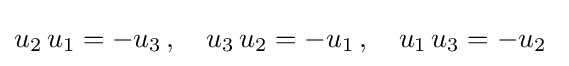
u_{2}\,u_{1}=-u_{3}\,,\quad u_{3}\,u_{2}=-u_{1}\,,\quad u_{1}\,u_{3}=-u_{2}~